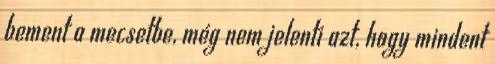
bement a mecsetbe, még nem jelenti azt, hogy mindent